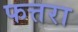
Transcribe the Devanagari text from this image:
फत्तरा